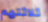
ثلاثتهم